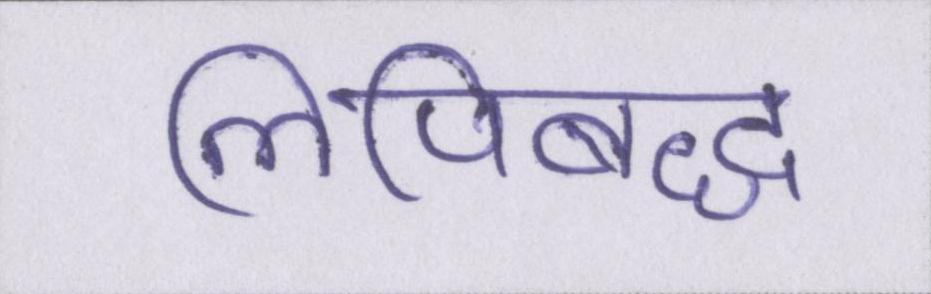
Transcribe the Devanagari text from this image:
लिपिबद्ध